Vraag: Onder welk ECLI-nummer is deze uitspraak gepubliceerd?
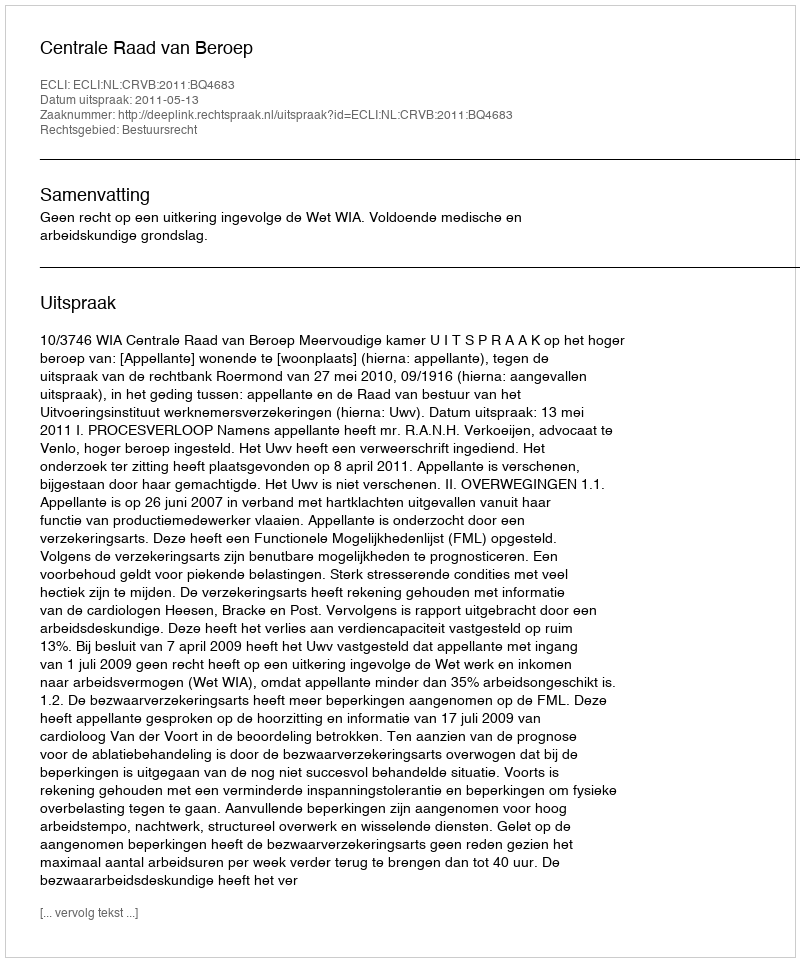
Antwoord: ECLI:NL:CRVB:2011:BQ4683